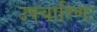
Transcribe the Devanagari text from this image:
उपचारिणः